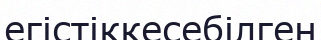
егістіккесебілген